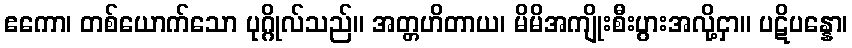
ဧကော၊ တစ်ယောက်သော ပုဂ္ဂိုလ်သည်။ အတ္တဟိတာယ၊ မိမိအကျိုးစီးပွားအလို့ငှာ။ ပဋိပန္နော၊